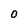
Character: 0